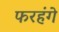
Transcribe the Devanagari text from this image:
फरहंगे